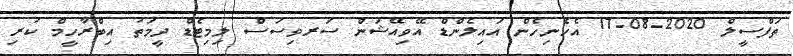
ތަފްސީލް 2020-08-17 އެހެނިހެން އައިލެންޑް އޭވިއޭޝަން ސަރވިސަސް ލިމިޓެޑް ދީމަތު އިބްރާހީމް ކުރި